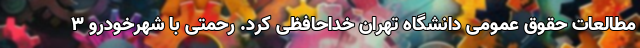
مطالعات حقوق عمومی دانشگاه تهران خداحافظی کرد. رحمتی با شهرخودرو ۳